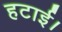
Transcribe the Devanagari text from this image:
हटाई।